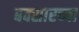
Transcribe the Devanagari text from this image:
बक्सारच्या